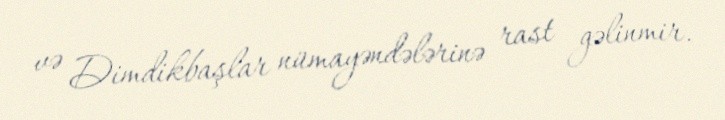
və Dimdikbaşlar nümayəndələrinə rast gəlinmir.